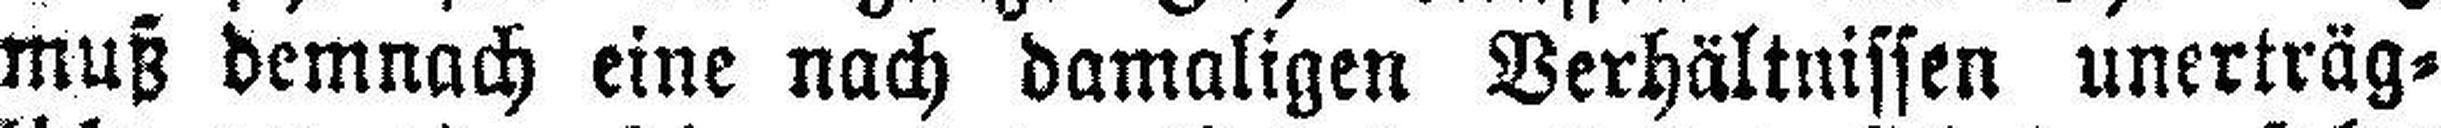
muß demnach eine nach damaligen Verhältnissen unerträg¬